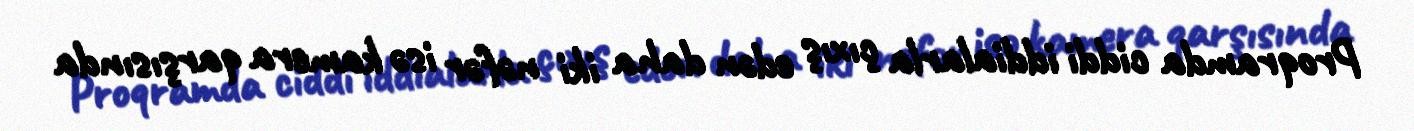
Proqramda ciddi iddialarla çıxış edən daha iki nəfər isə kamera qarşısında